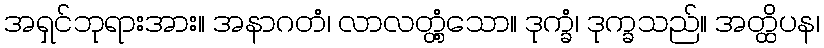
အရှင်ဘုရားအား။ အနာဂတံ၊ လာလတ္တံ့သော။ ဒုက္ခံ၊ ဒုက္ခသည်။ အတ္ထိပန၊